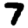
Digit: 7